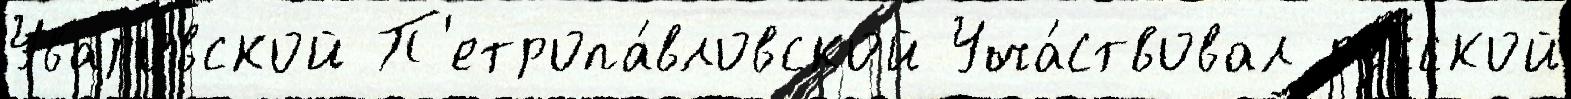
Уваровской П'етропа́вловской Уча́ствовал ру́сской